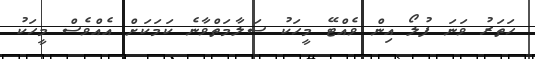
ހަތަރު ވަނަ ފުލޯ އިން ވެއްޓޭ މީހަކު ސަލާމަތްވާނެ ކަމަކަށް އެއްވެސް މީހަކު